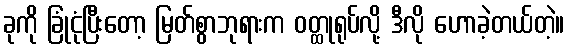
ခုကို ခြုံငုံပြီးတော့ မြတ်စွာဘုရားက ဝတ္ထုရုပ်လို့ ဒီလို ဟောခဲ့တယ်တဲ့။